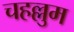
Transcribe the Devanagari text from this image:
चहल्लुम